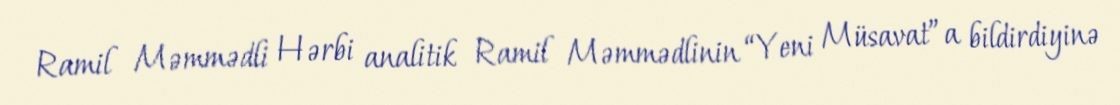
Ramil Məmmədli Hərbi analitik Ramil Məmmədlinin “Yeni Müsavat”a bildirdiyinə